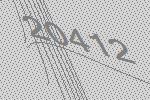
20412